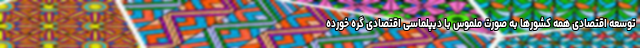
توسعه اقتصادی همه کشورها به صورت ملموس با دیپلماسی اقتصادی گره خورده